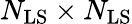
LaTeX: N_{\mathrm{LS}}\times N_{\mathrm{LS}}